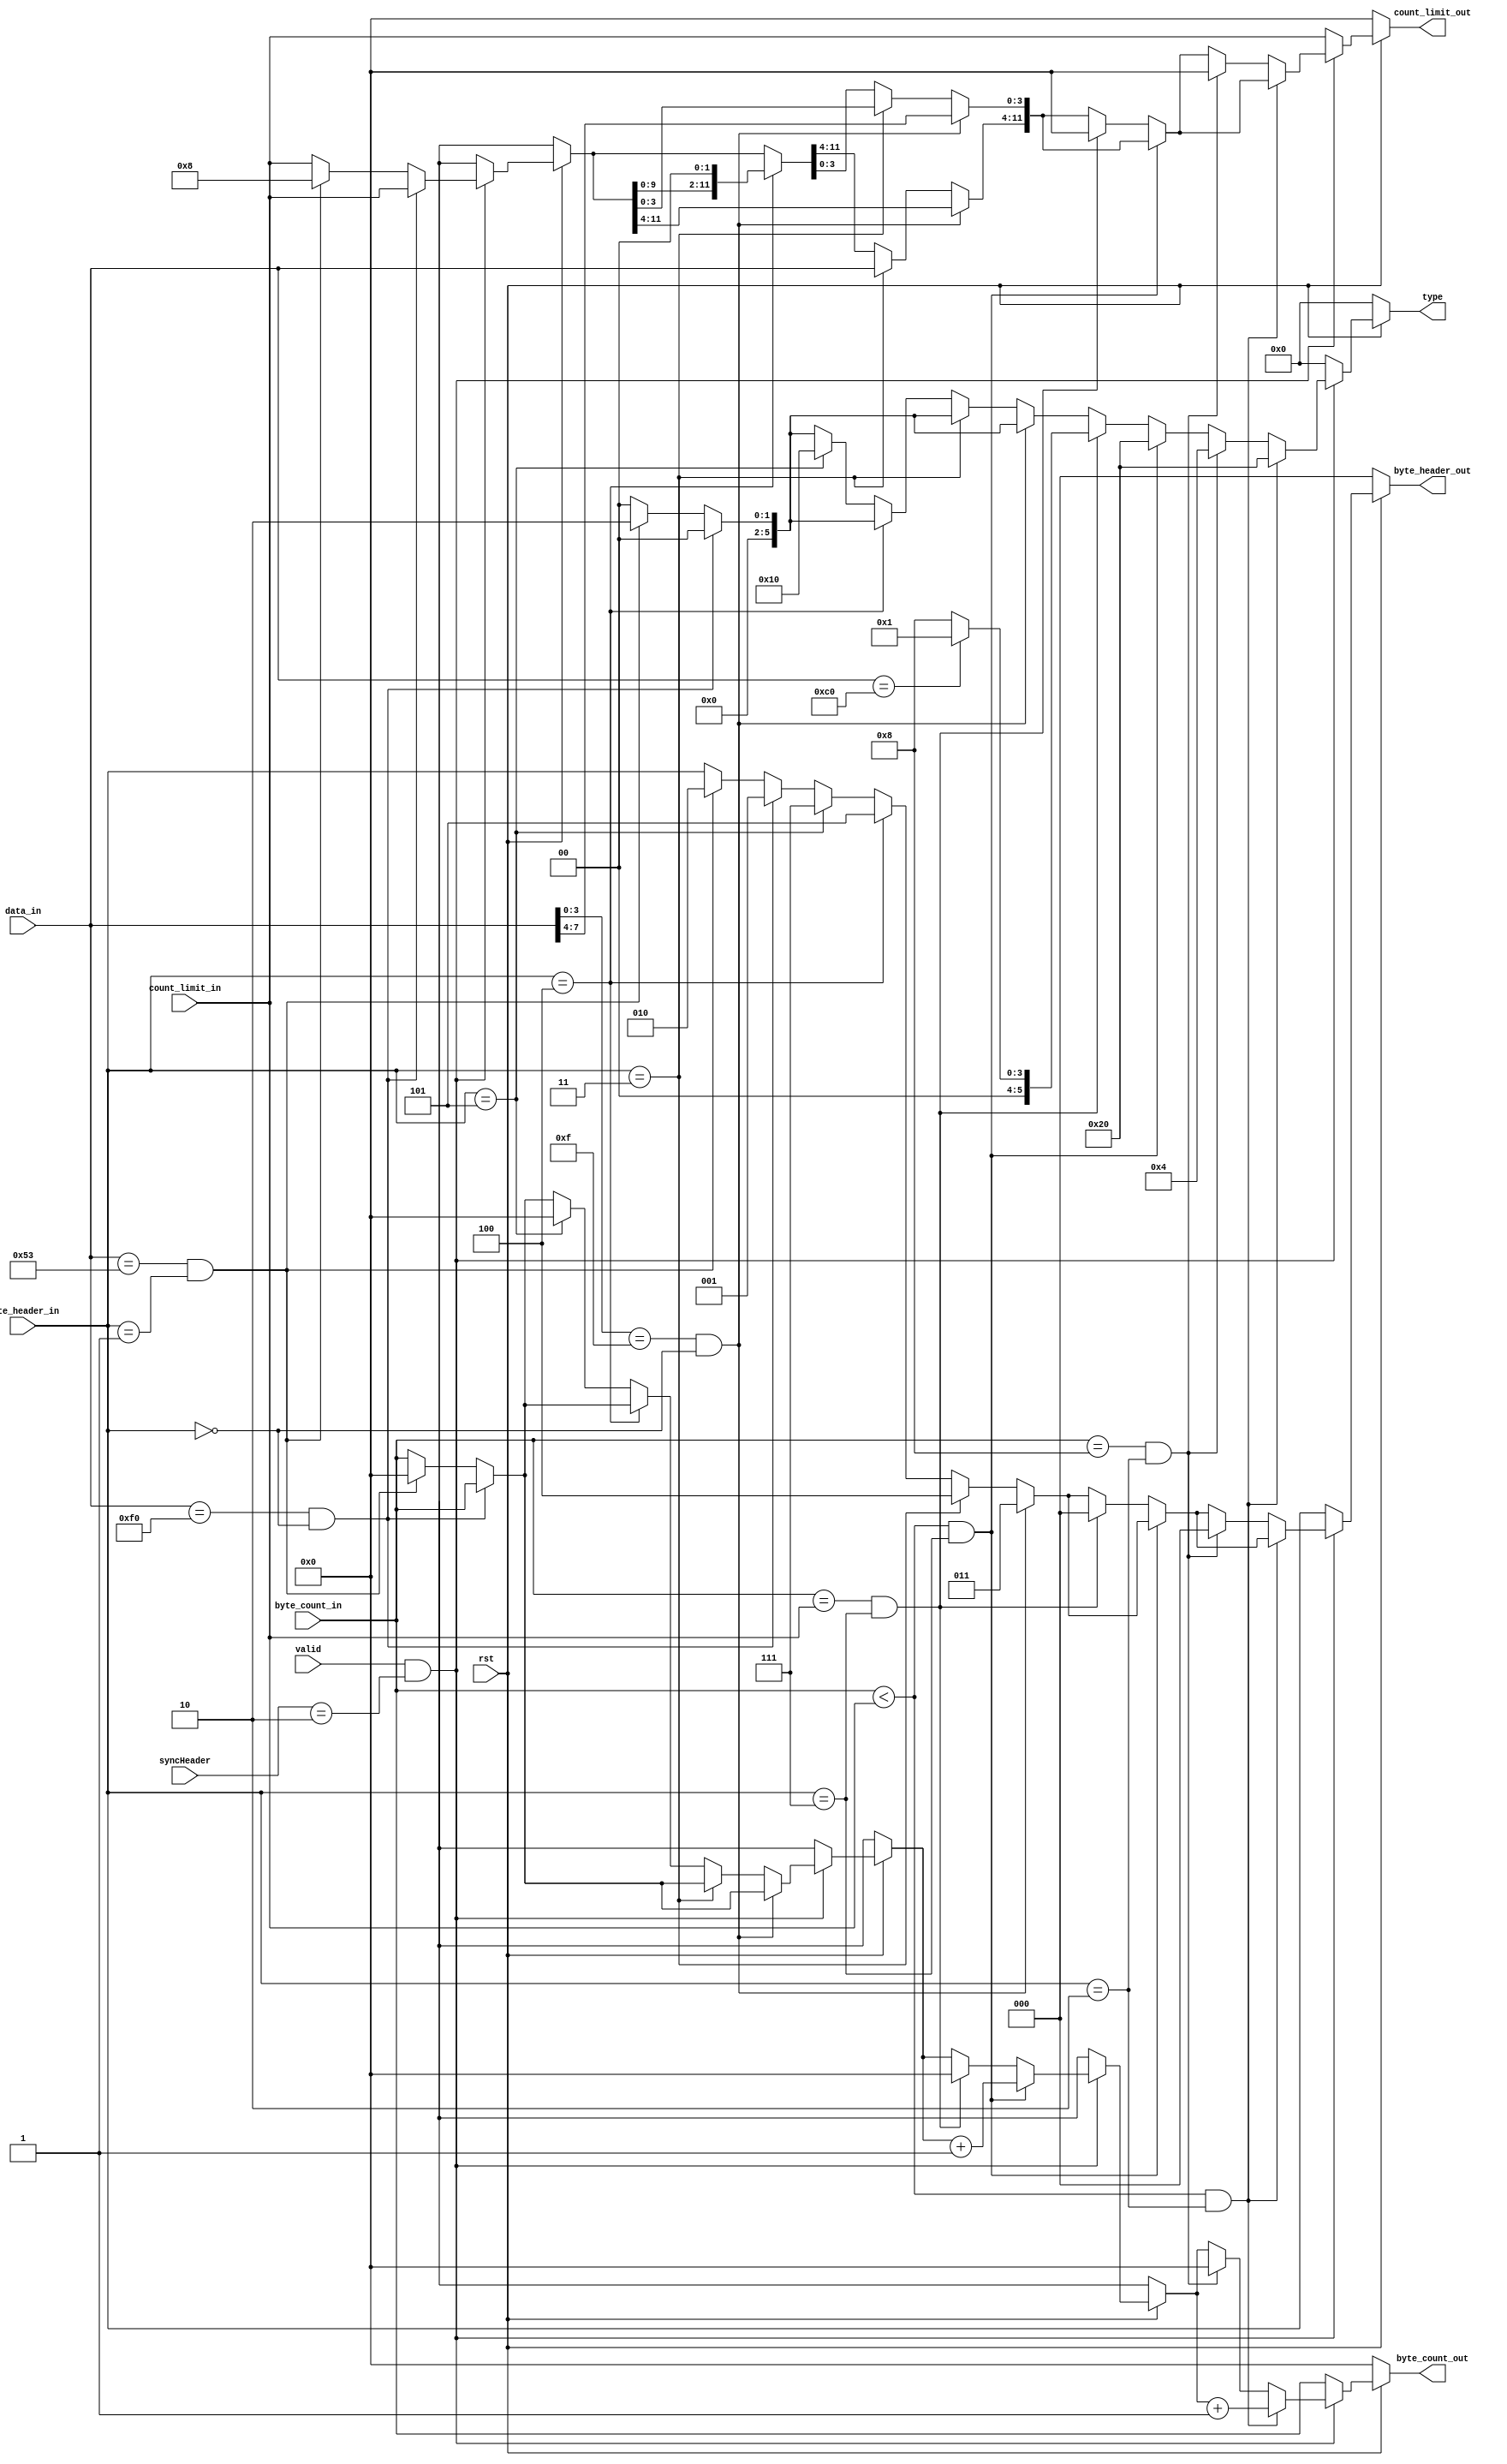

module Gen_3_check_byte(
    input   [7:0]data_in,
    input   valid,
    input   [11:0]byte_count_in,
    input   [2:0]byte_header_in,
    input   [11:0]count_limit_in,
    input   [1:0]syncHeader,
    input rst,
    output   [5:0]type,
    output   [11:0]byte_count_out,
    output   [2:0]byte_header_out,
    output   [11:0]count_limit_out
                
);
// data boundries
    localparam STP = 4'b1111 ;

    localparam SDP_byte1 = 8'b1111_0000;
    localparam SDP_byte2 = 8'b0101_0011 ;
    
    // localparam END_byte1 = 8'b0001_1111 ;
    // localparam END_byte2 = 8'b0000_0000 ;
    // localparam END_byte3 = 8'b1001_0000 ;
    // localparam END_byte4 = 8'b0000_0000 ;
    
    // localparam EDB_byte1 = 8'b1100_0000 ;
    // localparam EDB_byte2 = 8'b1100_0000 ;
    // localparam EDB_byte3 = 8'b111_11110 ;
    // localparam EDB_byte4 = 8'b111_11110 ; 
    
    // byte type
    localparam not_header =3'b000;
    localparam sdp1 = 3'b001;
    localparam sdp2 = 3'b010;
    localparam stp1 = 3'b011;
    localparam stp2 = 3'b100;
    localparam stp3 = 3'b101;
    localparam stp4 = 3'b111;
    localparam edb1 = 3'b110;

// types
    localparam data       = 6'b100_000;
    localparam not_valid  = 6'b000_000;
    localparam tlpstart   = 6'b010_000;
    localparam tlpend     = 6'b001_000;
    localparam dllpend    = 6'b000_100;
    localparam dllpstart  = 6'b000_010;
    localparam tlpedb     = 6'b000_001;

reg   [11:0]byte_count_in_reg;
reg   [2:0]byte_header_in_reg;
reg   [11:0]count_limit_in_reg;
reg   [5:0]type_reg;

always @(*) begin
    byte_count_in_reg = byte_count_in;
    byte_header_in_reg = byte_header_in;
    count_limit_in_reg = count_limit_in;
    type_reg = not_valid;
    if(!rst)
    begin
        byte_count_in_reg = 0;
        byte_header_in_reg= 0;
        count_limit_in_reg= 0;    
    end
    else
    begin
     
        if(valid  & (syncHeader == 2'b10))
        begin
           if(data_in == SDP_byte1 & byte_header_in == 2'b00)
        begin
            byte_header_in_reg = sdp1;
        end
        else if ((data_in == SDP_byte2) & (byte_header_in == sdp1) ) 
        begin
            // count = 0
            count_limit_in_reg = 12'd8;
            byte_count_in_reg = 12'd0;
            // type SDP
            type_reg = dllpstart;
            byte_header_in_reg = sdp2;
            // 
        end
        
        if(data_in[3:0] == STP  & byte_header_in == 2'b00)
            begin
                byte_header_in_reg = stp1;
                count_limit_in_reg[3:0] = data_in[7:4];
            end
            else if (byte_header_in == stp1) 
            begin
                byte_header_in_reg = stp2;
                count_limit_in_reg[11:4] = data_in;
                // 
            end
            else if (byte_header_in == stp2) 
            begin
                byte_header_in_reg = stp3;
                count_limit_in_reg = count_limit_in_reg << 2;
                // 
            end
            else if (byte_header_in == stp3) 
            begin
                byte_count_in_reg = 12'd0;
                // type SDP
                type_reg = tlpstart;
               
                byte_header_in_reg = stp4;
                // 
            end
         if((byte_count_in < count_limit_in) && (byte_header_in == stp4))
        begin
            
            byte_count_in_reg = byte_count_in_reg + 1;
            type_reg = data;
        end
        else if((byte_count_in ==count_limit_in) & (byte_header_in == stp4))
        begin

            count_limit_in_reg = 0;
            byte_count_in_reg = 0;
            byte_header_in_reg = 0;
            if(data_in ==8'b1100_0000)
                type_reg = tlpedb;
            else   
                type_reg = tlpend;
        end 

        if((byte_count_in < count_limit_in) && (byte_header_in == sdp2))
        begin
            
            byte_count_in_reg = byte_count_in_reg + 1;
            type_reg = data;
        end
        else if((byte_count_in == 8) & (byte_header_in == sdp2))
        begin

            count_limit_in_reg = 0;
            byte_count_in_reg = 0;
            byte_header_in_reg = 0;
            type_reg = dllpend;

        end  

        end
    end
   
    
end


assign byte_count_out = byte_count_in_reg;
assign byte_header_out = byte_header_in_reg;
assign count_limit_out = count_limit_in_reg;
assign type = type_reg;

endmodule